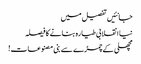
جانئیں تفصیل میں
نیا انقلابی طیارہ بنانے کا فیصلہ
مچھلی کے چمڑے سے بنی مصنوعات!